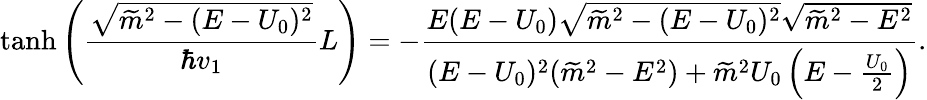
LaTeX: \operatorname{tanh}\left(\frac{\sqrt{\widetilde{m}^{2}-(E-U_{0})^{2}}}{\hbar v_{1}}L\right)=-\frac{E(E-U_{0})\sqrt{\widetilde{m}^{2}-(E-U_{0})^{2}}\sqrt{\widetilde{m}^{2}-E^{2}}}{(E-U_{0})^{2}(\widetilde{m}^{2}-E^{2})+\widetilde{m}^{2}U_{0}\left(E-\frac{U_{0}}{2}\right)}.